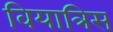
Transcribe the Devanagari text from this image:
वियात्रिस